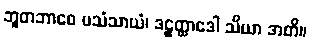
ဘူတဘာဝေ ပသံသာယံ၊ ဒဠှတ္ထာဒေါ သိယာ အတိ။